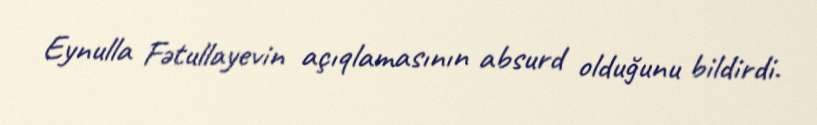
Eynulla Fətullayevin açıqlamasının absurd olduğunu bildirdi.